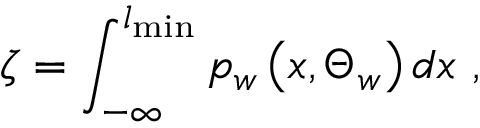
\zeta = \int _ { - \infty } ^ { l _ { \operatorname* { m i n } } } p _ { w } \left( x , \Theta _ { w } \right) d x \ ,